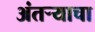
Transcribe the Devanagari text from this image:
अंतऱ्याचा